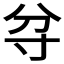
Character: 𱚝